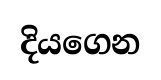
දියගෙන